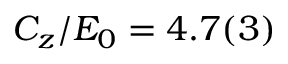
C _ { z } / E _ { 0 } = 4 . 7 ( 3 )